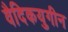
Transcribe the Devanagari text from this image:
वैदिकयुगीन